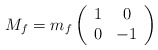
\begin{align*}M_f=m_f\left( \begin{array}{cc} 1 & 0 \\ 0 & -1 \end{array} \right)\end{align*}